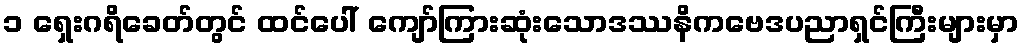
၁ ရှေးဂရိခေတ်တွင် ထင်ပေါ် ကျော်ကြားဆုံးသောဒဿနိကဗေဒပညာရှင်ကြီးများမှာ